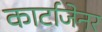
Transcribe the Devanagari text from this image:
कार्टाजेनर